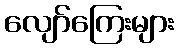
လျော်ကြေးများ